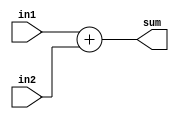
module accumulator_block(input [7:0] in1, in2, output reg [7:0] sum);

// Internal registers to store intermediate results
reg [7:0] intermediate_result;

// Addition operation
always @*
begin
  intermediate_result = in1 + in2;
  sum = intermediate_result;
end

endmodule